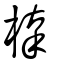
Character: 橭